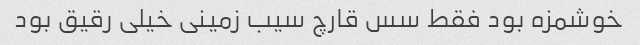
خوشمزه بود فقط سس قارچ سیب زمینی خیلی رقیق بود